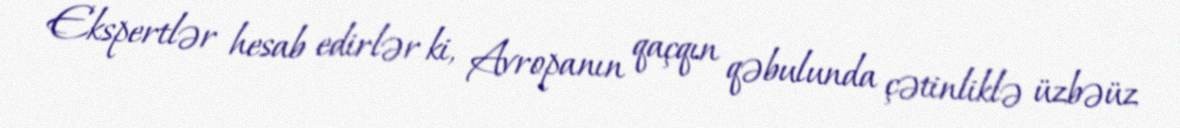
Ekspertlər hesab edirlər ki, Avropanın qaçqın qəbulunda çətinliklə üzbəüz